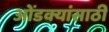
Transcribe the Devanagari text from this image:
ओंडक्यांसाठी